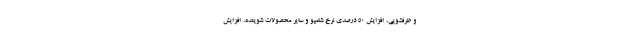
و ظرفشویی، افزایش 50 درصدی نرخ شامپو و سایر محصولات شوینده، افزایش